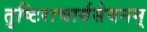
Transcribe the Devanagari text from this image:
तुष्टिराचार्यसेवनम्